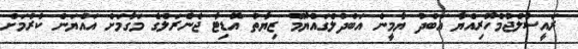
ރައީސުލްޖުމްހޫރިއްޔާ އަބްދު ޔާމީން އަބްދުލްގައްޔޫމް ޒިޔާތު އޮޑިޓާ ޖެނެރަލްގެ މަގާމަށް އައްޔަން ކުރުމަށް